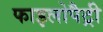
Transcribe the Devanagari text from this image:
फाइलोपैट्री